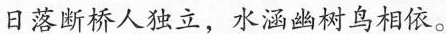
日落断桥人独立，水涵幽树鸟相依。